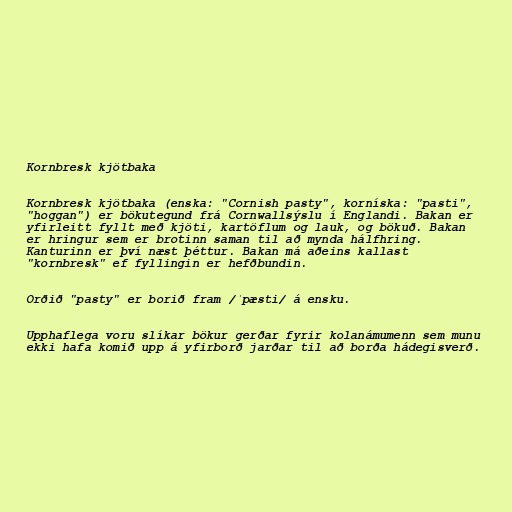
Kornbresk kjötbaka

Kornbresk kjötbaka (enska: "Cornish pasty", korníska: "pasti",
"hoggan") er bökutegund frá Cornwallsýslu í Englandi. Bakan er
yfirleitt fyllt með kjöti, kartöflum og lauk, og bökuð. Bakan
er hringur sem er brotinn saman til að mynda hálfhring.
Kanturinn er því næst þéttur. Bakan má aðeins kallast
"kornbresk" ef fyllingin er hefðbundin.

Orðið "pasty" er borið fram /ˈpæsti/ á ensku.

Upphaflega voru slíkar bökur gerðar fyrir kolanámumenn sem munu
ekki hafa komið upp á yfirborð jarðar til að borða hádegisverð.